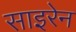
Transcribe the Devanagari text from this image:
साइरेन